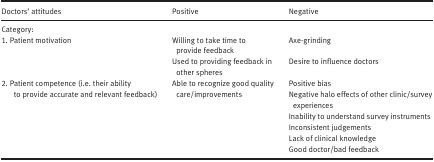
| Doctors’ attitudes | Positive | Negative |
 | --- | --- | --- |
 | Category: |
 | <ROWSPAN=2> 1. Patient motivation | Willing to take time to provide feedback | Axe‐grinding |
 | Used to providing feedback in other spheres | Desire to influence doctors |
 | <ROWSPAN=6> 2. Patient competence (i.e. their ability to provide accurate and relevant feedback) | <ROWSPAN=6> Able to recognize good quality care/improvements | Positive bias |
 | Negative halo effects of other clinic/survey experiences |
 | Inability to understand survey instruments |
 | Inconsistent judgements |
 | Lack of clinical knowledge |
 | Good doctor/bad feedback |